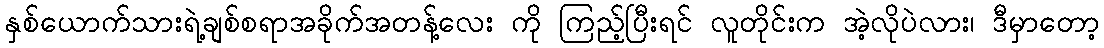
နှစ်ယောက်သားရဲ့ချစ်စရာအခိုက်အတန့်လေး ကို ကြည့်ပြီးရင် လူတိုင်းက အဲ့လိုပဲလား၊ ဒီမှာတော့